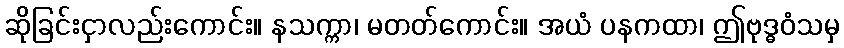
ဆိုခြင်းငှာလည်းကောင်း။ နသက္ကာ၊ မတတ်ကောင်း။ အယံ ပနကထာ၊ ဤဗုဒ္ဓဝံသမှ